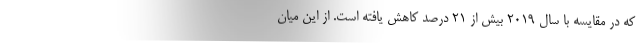
که در مقایسه با سال ۲۰۱۹ بیش از ۲۱ درصد کاهش یافته است. از این میان